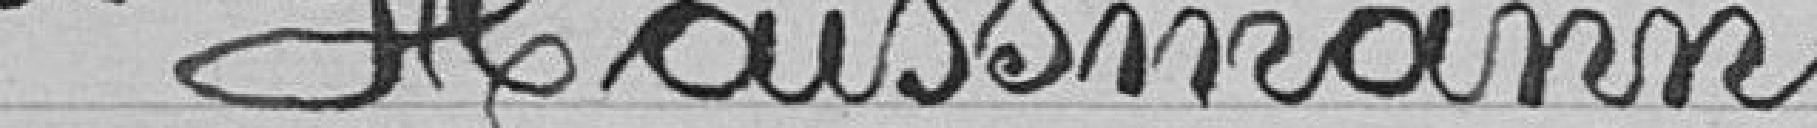
Haissmann